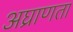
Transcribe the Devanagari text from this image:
अघ्राणता